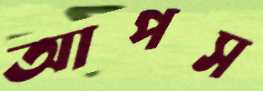
আপস